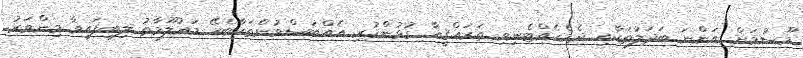
މޫސުމަށް އަންނަ ބަދަލުތަކާއި ދެމެހެއްޓެނިވި ތަރައްޤީއާ ގުޅުންހުރި އެއްބަސްވުންތަކާބެހޭ މަޢުލޫމާތު ލިބިފައިވާ މިންވަރު.